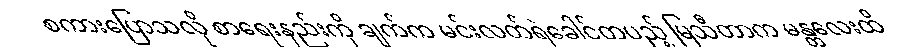
စကားပြောသလို စာရေးနည်းကို ချက်က မင်းလတ်ရဲခေါင်တပည့် မြသီတာက မန္တလေးထိ